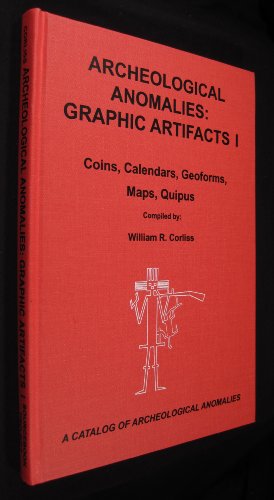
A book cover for Archeological Anomalies: Graphic Artifacts 1 - Coins, Calendars, Geoforms, Maps, Quipus; William R. Corliss; Calendars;